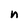
Character: n